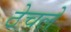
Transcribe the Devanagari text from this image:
ठेचले